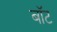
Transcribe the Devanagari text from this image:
बाॅट